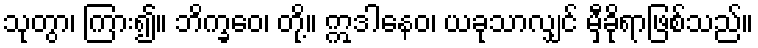
သုတွာ၊ ကြား၍။ ဘိက္ခဝေ၊ တို့။ ဣဒါနေဝ၊ ယခုသာလျှင် မှီခိုရာဖြစ်သည်။